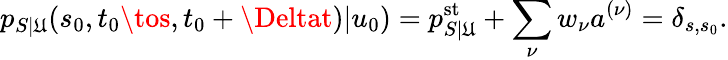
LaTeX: p_{S|\mathfrak{U}}(s_{0},t_{0}\tos,t_{0}+\Deltat)|u_{0})=p_{S|\mathfrak{U}}^{\mathrm{{st}}}+\sum_{\nu}w_{\nu}a^{(\nu)}=\delta_{s,s_{0}}.